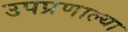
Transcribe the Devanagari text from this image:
उपप्रणाल्या